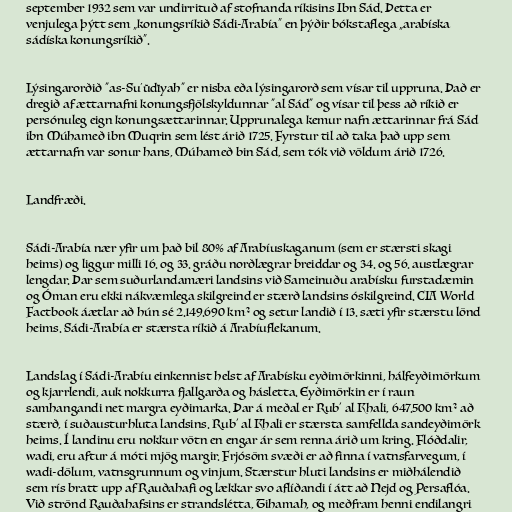
september 1932 sem var undirrituð af stofnanda ríkisins Ibn Sád. Þetta er
venjulega þýtt sem „konungsríkið Sádi-Arabía“ en þýðir bókstaflega „arabíska
sádíska konungsríkið“.

Lýsingarorðið "as-Suʻūdīyah" er nisba eða lýsingarorð sem vísar til uppruna. Það er
dregið af ættarnafni konungsfjölskyldunnar "al Sád" og vísar til þess að ríkið er
persónuleg eign konungsættarinnar. Upprunalega kemur nafn ættarinnar frá Sád
ibn Múhameð ibn Muqrin sem lést árið 1725. Fyrstur til að taka það upp sem
ættarnafn var sonur hans, Múhameð bin Sád, sem tók við völdum árið 1726.

Landfræði.

Sádi-Arabía nær yfir um það bil 80% af Arabíuskaganum (sem er stærsti skagi
heims) og liggur milli 16. og 33. gráðu norðlægrar breiddar og 34. og 56. austlægrar
lengdar. Þar sem suðurlandamæri landsins við Sameinuðu arabísku furstadæmin
og Óman eru ekki nákvæmlega skilgreind er stærð landsins óskilgreind. CIA World
Factbook áætlar að hún sé 2.149.690 km² og setur landið í 13. sæti yfir stærstu lönd
heims. Sádi-Arabía er stærsta ríkið á Arabíuflekanum.

Landslag í Sádi-Arabíu einkennist helst af Arabísku eyðimörkinni, hálfeyðimörkum
og kjarrlendi, auk nokkurra fjallgarða og hásletta. Eyðimörkin er í raun
samhangandi net margra eyðimarka. Þar á meðal er Rub' al Khali, 647.500 km² að
stærð, í suðausturhluta landsins. Rub' al Khali er stærsta samfellda sandeyðimörk
heims. Í landinu eru nokkur vötn en engar ár sem renna árið um kring. Flóðdalir,
wadi, eru aftur á móti mjög margir. Frjósöm svæði er að finna í vatnsfarvegum, í
wadi-dölum, vatnsgrunnum og vinjum. Stærstur hluti landsins er miðhálendið
sem rís bratt upp af Rauðahafi og lækkar svo aflíðandi í átt að Nejd og Persaflóa.
Við strönd Rauðahafsins er strandslétta, Tihamah, og meðfram henni endilangri